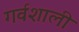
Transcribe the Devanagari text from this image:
गर्वशाली